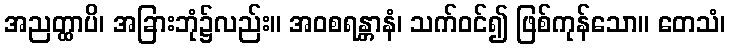
အညတ္ထာပိ၊ အခြားဘုံ၌လည်း။ အဝစရန္တာနံ၊ သက်ဝင်၍ ဖြစ်ကုန်သော။ တေသံ၊